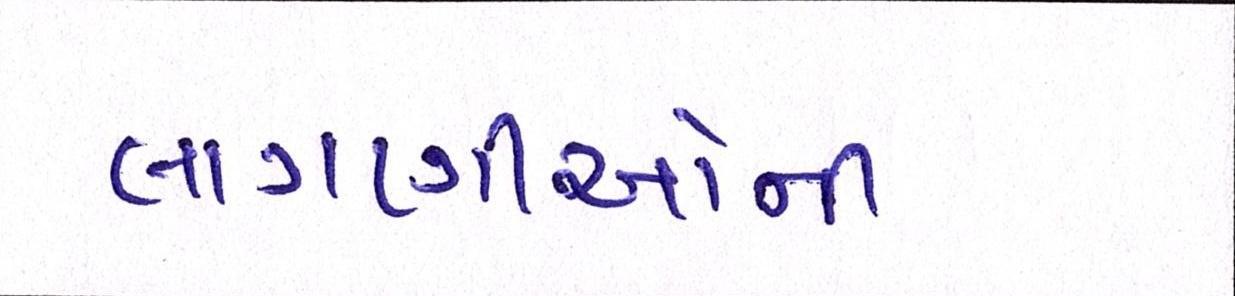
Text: લાગણીઓની